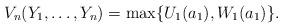
LaTeX: \begin{align*}V_n(Y_1,\dots,Y_n)=\max\{U_1(a_1),W_1(a_1)\}. \end{align*}